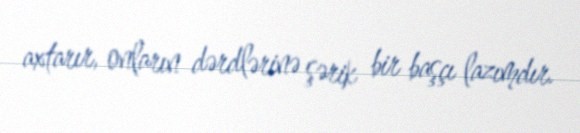
axtarır, onların dərdlərinə şərik bir başçı lazımdır.